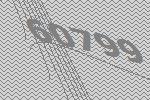
60799